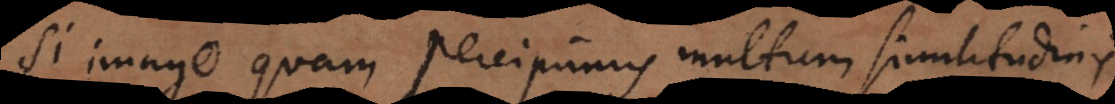
Si imago quam percipimus multum similitudinis